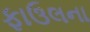
ફાઉલના